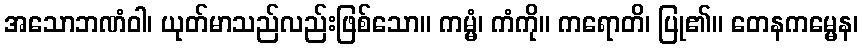
အသောဘဏံဝါ၊ ယုတ်မာသည်လည်းဖြစ်သော။ ကမ္မံ၊ ကံကို။ ကရောတိ၊ ပြု၏။ တေနကမ္မေန၊